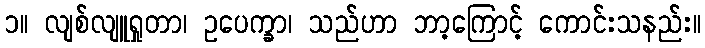
၁။ လျစ်လျူရှုတာ၊ ဥပေက္ခာ၊ သည်ဟာ ဘာ့ကြောင့် ကောင်းသနည်း။